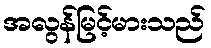
အလွန်မြင့်မားသည်